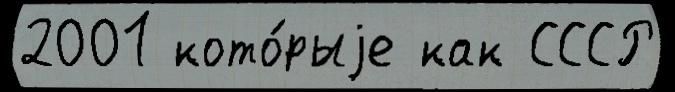
2001 кото́рыjе как СССР